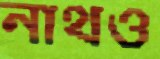
নাথও